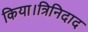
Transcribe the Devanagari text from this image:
किया।त्रिनिदाद